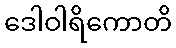
ဒေါဝါရိကောတိ